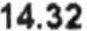
14.32